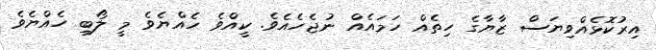
އިރުކޮޅެއްވިޔަސް ޒާޔާގެ ހިތެއް ހަމައެއް ނުޖެހެއެވެ. ކީއްވެ ހެއްޔެވެ މީ ލޯބި ހެއްޔެވެ